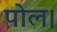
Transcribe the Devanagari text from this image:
पोल।